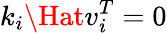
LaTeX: k_{i}\Hat{v}_{i}^{T}=0